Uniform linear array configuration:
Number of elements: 8
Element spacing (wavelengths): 1
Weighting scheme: cosine
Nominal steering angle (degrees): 0
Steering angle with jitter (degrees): -0.4325
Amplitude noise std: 0.05
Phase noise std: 0.05

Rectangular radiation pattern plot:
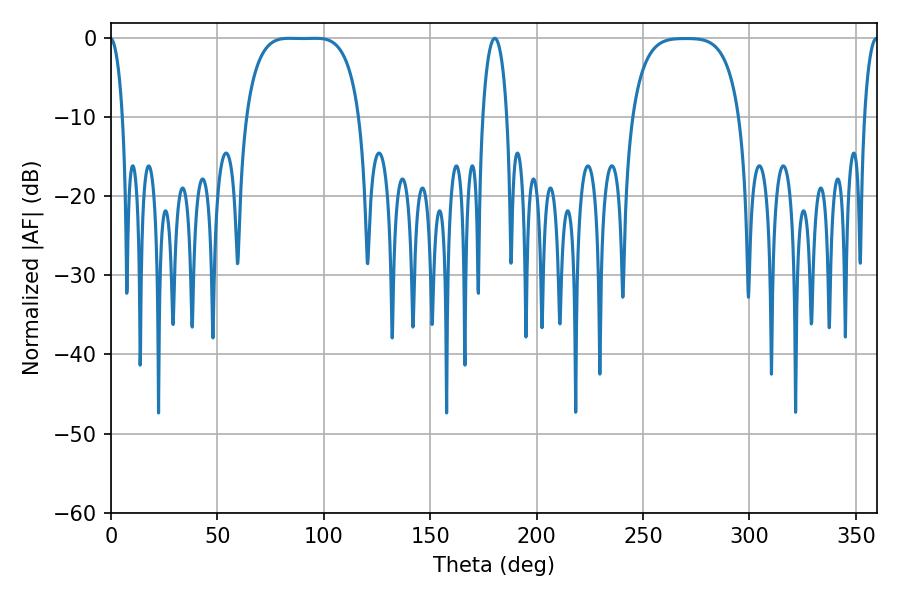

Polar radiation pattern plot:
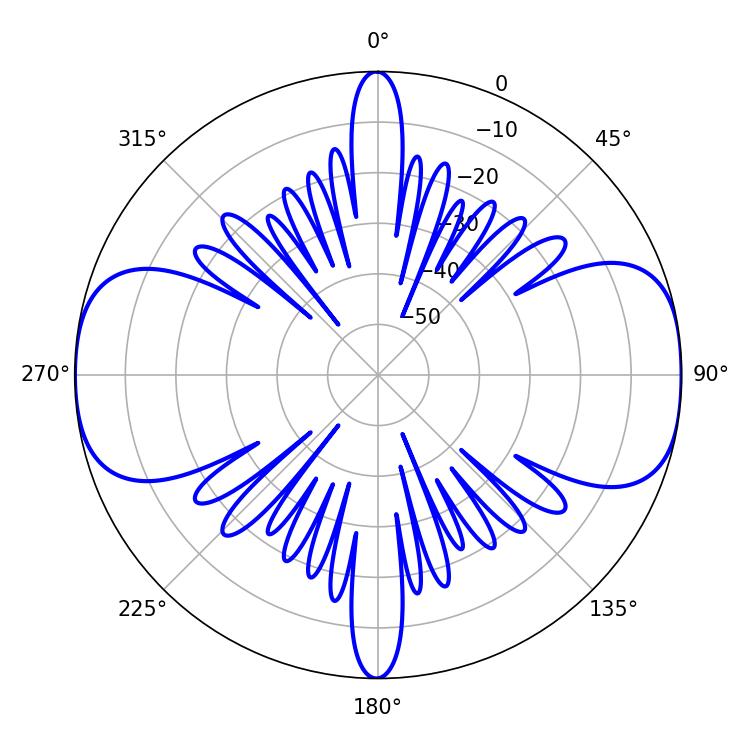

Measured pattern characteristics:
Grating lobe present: TRUE
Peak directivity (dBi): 14.487
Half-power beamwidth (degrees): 41.04
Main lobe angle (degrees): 83.88